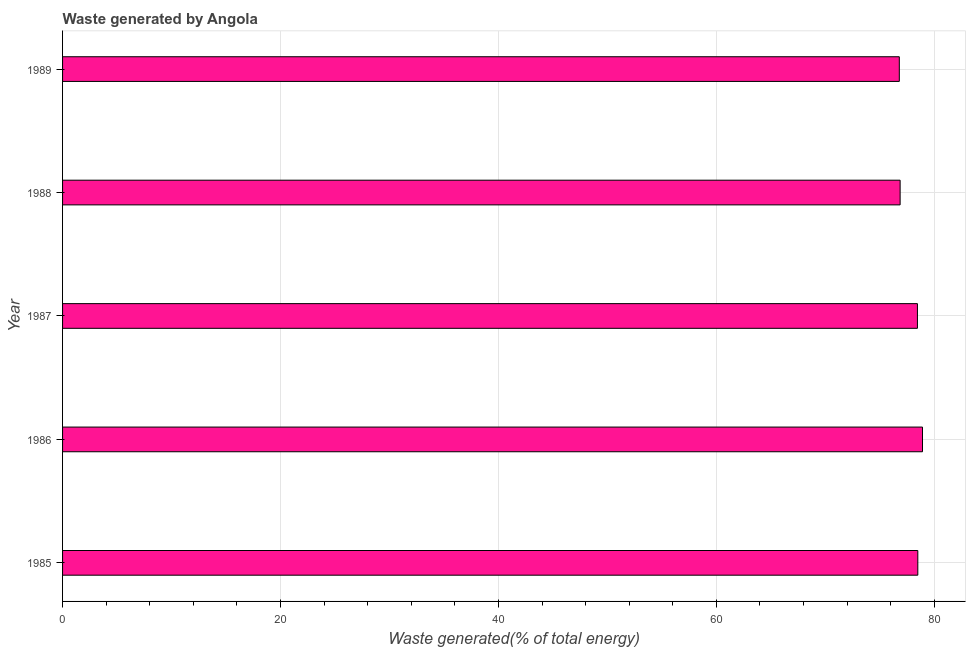
| Year | Combustible renewables and waste (% of total energy) |
 | --- | --- |
 | 1985 | 78.5 |
 | 1986 | 78.9 |
 | 1987 | 78.4 |
 | 1988 | 76.9 |
 | 1989 | 76.8 |